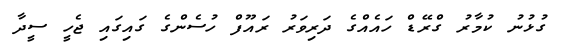
ގުޅުނު ކުމާރު ގްރޭޑް ހައެއްގެ ދަރިވަރު ރައޫފް ހުސެންގެ ގައިގައި ޖެހީ ސީދާ